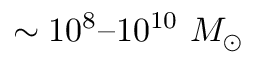
\sim 1 0 ^ { 8 } – 1 0 ^ { 1 0 } \ M _ { \odot }